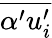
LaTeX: \overline{{\alpha^{\prime}u_{i}^{\prime}}}